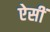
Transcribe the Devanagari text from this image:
ऐसीं